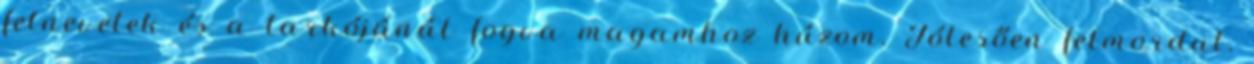
felnevetek és a tarkójánál fogva magamhoz húzom. Jólesően felmordul,